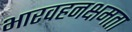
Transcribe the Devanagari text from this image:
भारवहनक्षमता